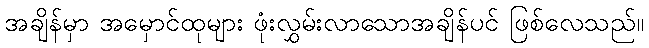
အချိန်မှာ အမှောင်ထုများ ဖုံးလွှမ်းလာသောအချိန်ပင် ဖြစ်လေသည်။